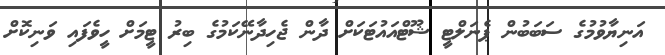
އަނިޔާވުމުގެ ސަބަބުން ޕެނަލްޓީ ޝޫޓްއައުޓަކަށް ދާން ޖެހިދާނޭކަމުގެ ބިރު ޓީމަށް ހީވެފައި ވަނިކޮށް